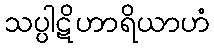
သပ္ပါဋိဟာရိယာဟံ